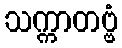
သက္ကာတဗ္ဗံ